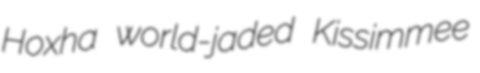
Hoxha world-jaded Kissimmee